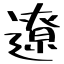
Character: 遼